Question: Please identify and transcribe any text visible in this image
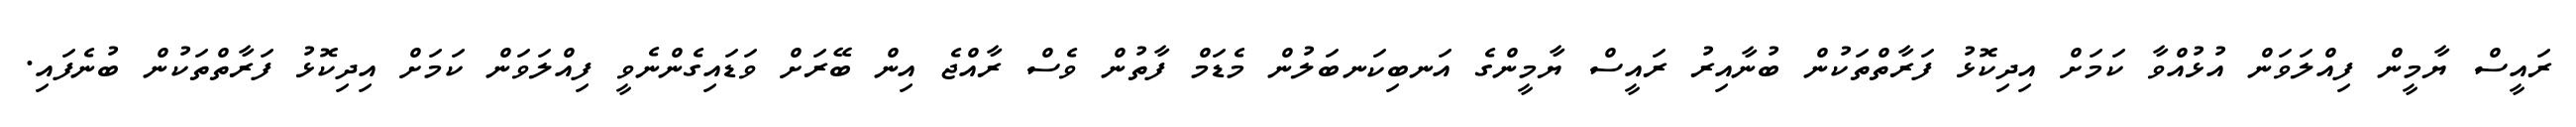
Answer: ރައީސް ޔާމީން ފިއްލަވަން އުޅުއްވާ ކަމަށް އިދިކޮޅު ފަރާތްތަކުން ބުނާއިރު ރައީސް ޔާމީންގެ އަނބިކަނބަލުން މެޑަމް ފާތުން ވެސް ރާއްޖެ އިން ބޭރަށް ވަޑައިގެންނެވީ ފިއްލަވަން ކަމަށް އިދިކޮޅު ފަރާތްތަކުން ބުނެފައި.